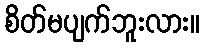
စိတ်မပျက်ဘူးလား။